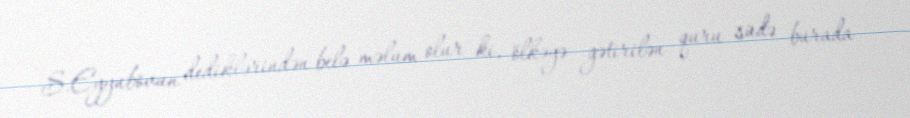
S.Eyyubovun dediklərindən belə məlum olur ki, ölkəyə gətirilən quru südə burada